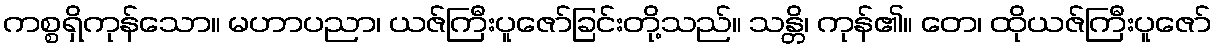
ကစ္စရှိကုန်သော။ မဟာပညာ၊ ယဇ်ကြီးပူဇော်ခြင်းတို့သည်။ သန္တိ၊ ကုန်၏။ တေ၊ ထိုယဇ်ကြီးပူဇော်